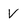
Character: V